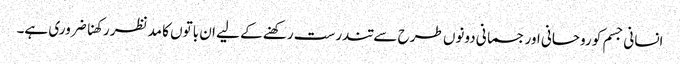
انسانی جسم کو روحانی اور جسمانی دونوں طرح سے تندرست رکھنے کے لیے ان باتوں کا مدنظر رکھنا ضروری ہے۔